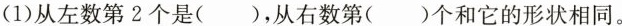
(1)从左数第2个是（），从右数第（）个和它的形状相同。